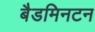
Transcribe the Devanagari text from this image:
बैडमिनटन